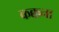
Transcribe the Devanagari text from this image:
कक्कना